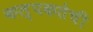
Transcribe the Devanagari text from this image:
कल्पकतेची